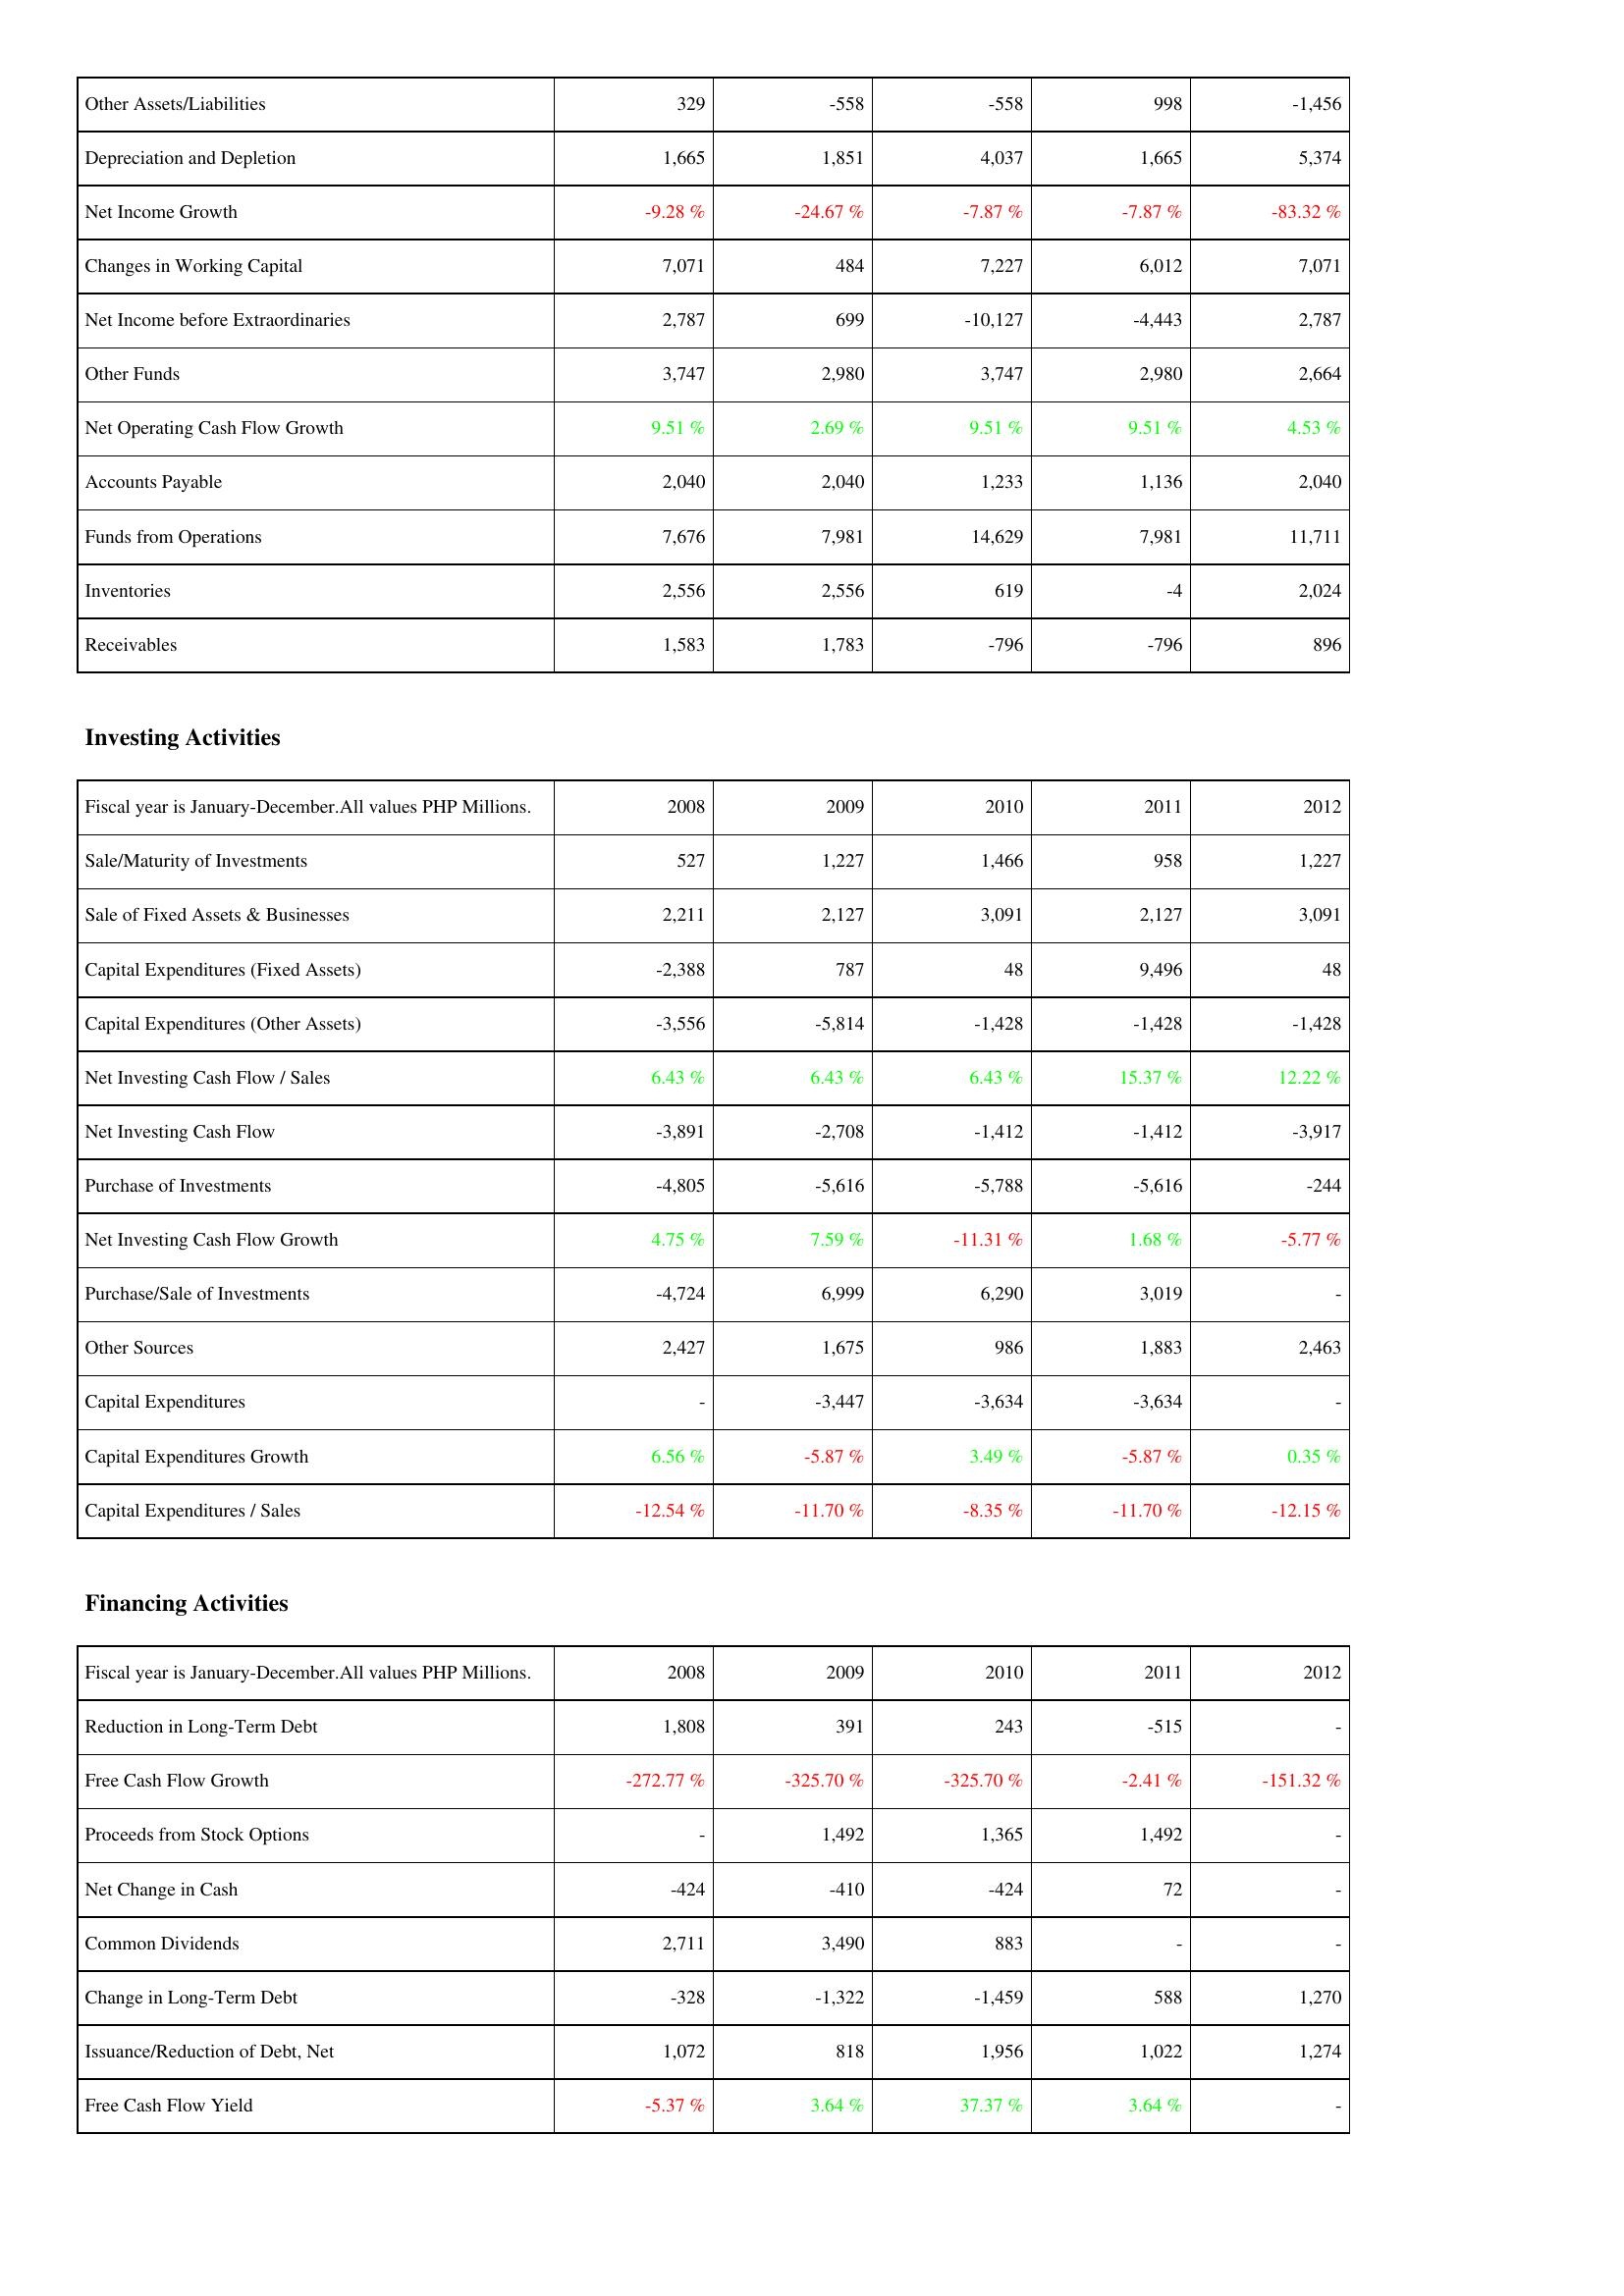
2008: Operating Activities: Other Assets/Liabilities: 329
Depreciation and Depletion: 1,665
Net Income Growth: -9.28 %
Changes in Working Capital: 7,071
Net Income before Extraordinaries: 2,787
Other Funds: 3,747
Net Operating Cash Flow Growth: 9.51 %
Accounts Payable: 2,040
Funds from Operations: 7,676
Inventories: 2,556
Receivables: 1,583
Investing Activities: Sale/Maturity of Investments: 527
Sale of Fixed Assets & Businesses: 2,211
Capital Expenditures (Fixed Assets): -2,388
Capital Expenditures (Other Assets): -3,556
Net Investing Cash Flow / Sales: 6.43 %
Net Investing Cash Flow: -3,891
Purchase of Investments: -4,805
Net Investing Cash Flow Growth: 4.75 %
Purchase/Sale of Investments: -4,724
Other Sources: 2,427
Capital Expenditures: -
Capital Expenditures Growth: 6.56 %
Capital Expenditures / Sales: -12.54 %
Financing Activities: Reduction in Long-Term Debt: 1,808
Free Cash Flow Growth: -272.77 %
Proceeds from Stock Options: -
Net Change in Cash: -424
Common Dividends: 2,711
Change in Long-Term Debt: -328
Issuance/Reduction of Debt, Net: 1,072
Free Cash Flow Yield: -5.37 %
2009: Operating Activities: Other Assets/Liabilities: -558
Depreciation and Depletion: 1,851
Net Income Growth: -24.67 %
Changes in Working Capital: 484
Net Income before Extraordinaries: 699
Other Funds: 2,980
Net Operating Cash Flow Growth: 2.69 %
Accounts Payable: 2,040
Funds from Operations: 7,981
Inventories: 2,556
Receivables: 1,783
Investing Activities: Sale/Maturity of Investments: 1,227
Sale of Fixed Assets & Businesses: 2,127
Capital Expenditures (Fixed Assets): 787
Capital Expenditures (Other Assets): -5,814
Net Investing Cash Flow / Sales: 6.43 %
Net Investing Cash Flow: -2,708
Purchase of Investments: -5,616
Net Investing Cash Flow Growth: 7.59 %
Purchase/Sale of Investments: 6,999
Other Sources: 1,675
Capital Expenditures: -3,447
Capital Expenditures Growth: -5.87 %
Capital Expenditures / Sales: -11.70 %
Financing Activities: Reduction in Long-Term Debt: 391
Free Cash Flow Growth: -325.70 %
Proceeds from Stock Options: 1,492
Net Change in Cash: -410
Common Dividends: 3,490
Change in Long-Term Debt: -1,322
Issuance/Reduction of Debt, Net: 818
Free Cash Flow Yield: 3.64 %
2010: Operating Activities: Other Assets/Liabilities: -558
Depreciation and Depletion: 4,037
Net Income Growth: -7.87 %
Changes in Working Capital: 7,227
Net Income before Extraordinaries: -10,127
Other Funds: 3,747
Net Operating Cash Flow Growth: 9.51 %
Accounts Payable: 1,233
Funds from Operations: 14,629
Inventories: 619
Receivables: -796
Investing Activities: Sale/Maturity of Investments: 1,466
Sale of Fixed Assets & Businesses: 3,091
Capital Expenditures (Fixed Assets): 48
Capital Expenditures (Other Assets): -1,428
Net Investing Cash Flow / Sales: 6.43 %
Net Investing Cash Flow: -1,412
Purchase of Investments: -5,788
Net Investing Cash Flow Growth: -11.31 %
Purchase/Sale of Investments: 6,290
Other Sources: 986
Capital Expenditures: -3,634
Capital Expenditures Growth: 3.49 %
Capital Expenditures / Sales: -8.35 %
Financing Activities: Reduction in Long-Term Debt: 243
Free Cash Flow Growth: -325.70 %
Proceeds from Stock Options: 1,365
Net Change in Cash: -424
Common Dividends: 883
Change in Long-Term Debt: -1,459
Issuance/Reduction of Debt, Net: 1,956
Free Cash Flow Yield: 37.37 %
2011: Operating Activities: Other Assets/Liabilities: 998
Depreciation and Depletion: 1,665
Net Income Growth: -7.87 %
Changes in Working Capital: 6,012
Net Income before Extraordinaries: -4,443
Other Funds: 2,980
Net Operating Cash Flow Growth: 9.51 %
Accounts Payable: 1,136
Funds from Operations: 7,981
Inventories: -4
Receivables: -796
Investing Activities: Sale/Maturity of Investments: 958
Sale of Fixed Assets & Businesses: 2,127
Capital Expenditures (Fixed Assets): 9,496
Capital Expenditures (Other Assets): -1,428
Net Investing Cash Flow / Sales: 15.37 %
Net Investing Cash Flow: -1,412
Purchase of Investments: -5,616
Net Investing Cash Flow Growth: 1.68 %
Purchase/Sale of Investments: 3,019
Other Sources: 1,883
Capital Expenditures: -3,634
Capital Expenditures Growth: -5.87 %
Capital Expenditures / Sales: -11.70 %
Financing Activities: Reduction in Long-Term Debt: -515
Free Cash Flow Growth: -2.41 %
Proceeds from Stock Options: 1,492
Net Change in Cash: 72
Common Dividends: -
Change in Long-Term Debt: 588
Issuance/Reduction of Debt, Net: 1,022
Free Cash Flow Yield: 3.64 %
2012: Operating Activities: Other Assets/Liabilities: -1,456
Depreciation and Depletion: 5,374
Net Income Growth: -83.32 %
Changes in Working Capital: 7,071
Net Income before Extraordinaries: 2,787
Other Funds: 2,664
Net Operating Cash Flow Growth: 4.53 %
Accounts Payable: 2,040
Funds from Operations: 11,711
Inventories: 2,024
Receivables: 896
Investing Activities: Sale/Maturity of Investments: 1,227
Sale of Fixed Assets & Businesses: 3,091
Capital Expenditures (Fixed Assets): 48
Capital Expenditures (Other Assets): -1,428
Net Investing Cash Flow / Sales: 12.22 %
Net Investing Cash Flow: -3,917
Purchase of Investments: -244
Net Investing Cash Flow Growth: -5.77 %
Purchase/Sale of Investments: -
Other Sources: 2,463
Capital Expenditures: -
Capital Expenditures Growth: 0.35 %
Capital Expenditures / Sales: -12.15 %
Financing Activities: Reduction in Long-Term Debt: -
Free Cash Flow Growth: -151.32 %
Proceeds from Stock Options: -
Net Change in Cash: -
Common Dividends: -
Change in Long-Term Debt: 1,270
Issuance/Reduction of Debt, Net: 1,274
Free Cash Flow Yield: -